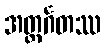
အတ္ထင်္ဂတဿ